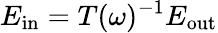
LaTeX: E_{\mathrm{in}}=T(\omega)^{-1}E_{\mathrm{out}}